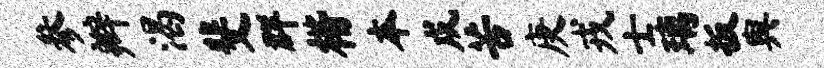
参辫渴斐群楷本戍苦庚戎士璃扳舆